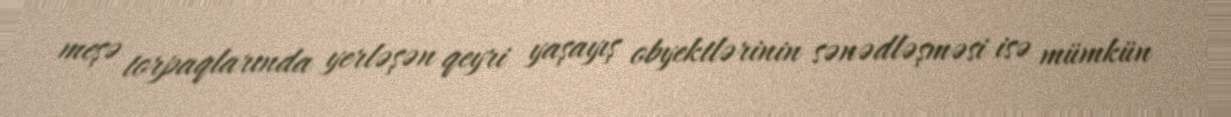
meşə torpaqlarında yerləşən qeyri yaşayış obyektlərinin sənədləşməsi isə mümkün